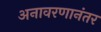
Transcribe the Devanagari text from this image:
अनावरणानंतर